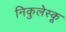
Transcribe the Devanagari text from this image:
निकुलेस्कू